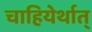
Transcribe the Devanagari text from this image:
चाहियेर्थात्